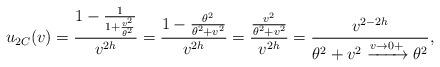
LaTeX: \begin{align*} u_{2C}(v) &= \frac{1-\frac{1}{1+\frac{v^2}{\theta^2}}}{v^{2h}} = \frac{1-\frac{\theta^2}{\theta^2+v^2}}{v^{2h}} = \frac{\frac{v^2}{\theta^2+v^2}}{v^{2h}} = \frac{v^{2-2h}}{\theta^2+v^2\xrightarrow{v\rightarrow 0+}\theta^2}, \end{align*}